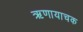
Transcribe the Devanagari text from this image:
ऋणायाचक